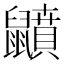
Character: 𪖅